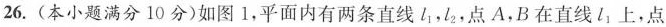
26.(本小题满分10分)如图1，平面内有两条直线l_{1}，l_{2}，点A，B在直线l_{1}上，点